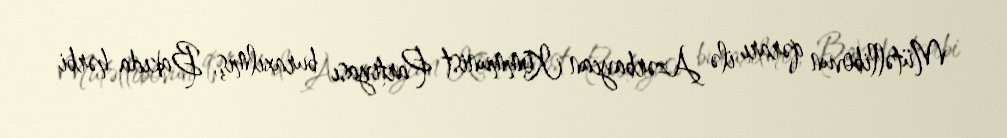
Mütəllibovun qərarı ilə Azərbaycan Kommunist Partiyası buraxılmış, Bakıda hərbi